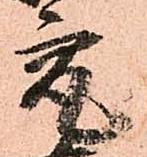
究